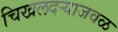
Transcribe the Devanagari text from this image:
चिखलदऱ्याजवळ